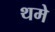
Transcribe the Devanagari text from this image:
थमे